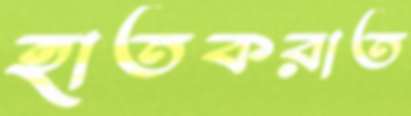
হাতকরাত